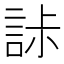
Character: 𧧌